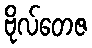
ဗိုလ်တေဇ